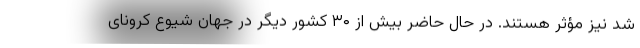
شد نیز مؤثر هستند. در حال حاضر بیش از ۳۰ کشور دیگر در جهان شیوع کرونای